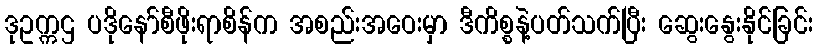
ဒုဥက္ကဌ ပဒိုနော်စီဖိုးရာစိန်က အစည်းအဝေးမှာ ဒီကိစ္စနဲ့ပတ်သက်ပြီး ဆွေးနွေးနိုင်ခြင်း